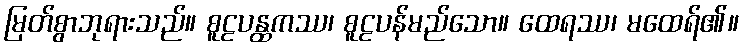
မြတ်စွာဘုရားသည်။ စူဠပန္ထကဿ၊ စူဠပန်မည်သော။ ထေရဿ၊ မထေရ်၏။